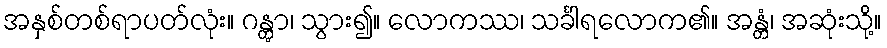
အနှစ်တစ်ရာပတ်လုံး။ ဂန္တွာ၊ သွား၍။ လောကဿ၊ သင်္ခါရလောက၏။ အန္တံ၊ အဆုံးသို့။